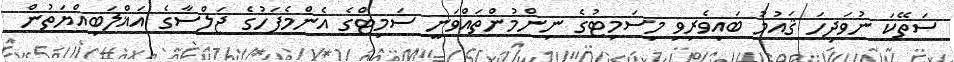
ސަތޭކަ ނުވަދިހަ ޤައުމު ބައިވެރިވި މިސަމިޓުގެ ނިންމުންތައްވަނީ ސަމިޓްގެ އެންމެފަހުގެ ޖަލްސާގެ އަޣްލަބިއްޔަތުން